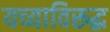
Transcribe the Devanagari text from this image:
यच्याविरूद्ध